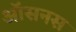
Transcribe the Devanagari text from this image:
ऑसनस